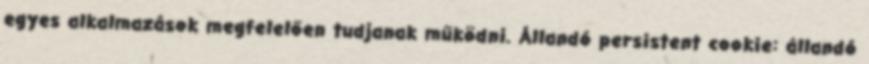
egyes alkalmazások megfelelően tudjanak működni. Állandó persistent cookie: állandó